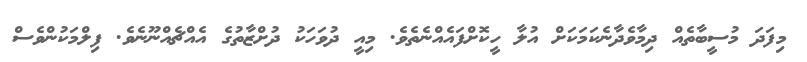
މިފަދަ މުސީބާތެއް ދިމާވެދާނެކަމަކަށް އުލާ ހީކޮށްފައެއްނެތެވެ. މިއީ ދުވަހަކު ދުށްޒާތުގެ އެއްޗެއްނޫނެވެ. ފިލްމަކުންވެސް